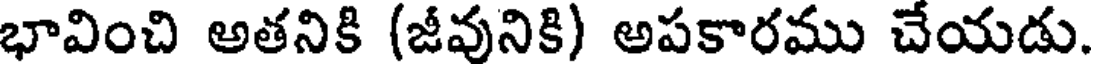
భావించి అతనికి (జీవునికి) అపకారము చేయడు.